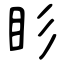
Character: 䀐